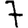
Digit: 7